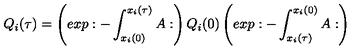
Q _ { i } ( \tau ) = \left( e x p : - \int _ { x _ { i } ( 0 ) } ^ { x _ { i } ( \tau ) } A : \right) Q _ { i } ( 0 ) \left( e x p : - \int _ { x _ { i } ( \tau ) } ^ { x _ { i } ( 0 ) } A : \right)